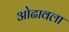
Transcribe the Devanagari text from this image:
ओढावला